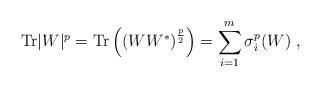
LaTeX: \begin{align*}{\rm Tr}|W|^p= {\rm Tr}\left(\left(WW^* \right)^{\frac{p}{2}}\right)= \sum_{i=1}^{m} \sigma_i^p(W) \ ,\end{align*}